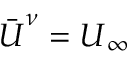
\bar { \boldsymbol { U } } ^ { \nu } = \boldsymbol { U } _ { \infty }